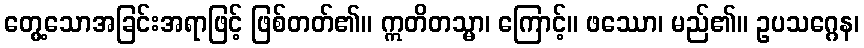
တွေ့သောအခြင်းအရာဖြင့် ဖြစ်တတ်၏။ ဣတိတသ္မာ၊ ကြောင့်။ ဖဿော၊ မည်၏။ ဥပသဂ္ဂေန၊